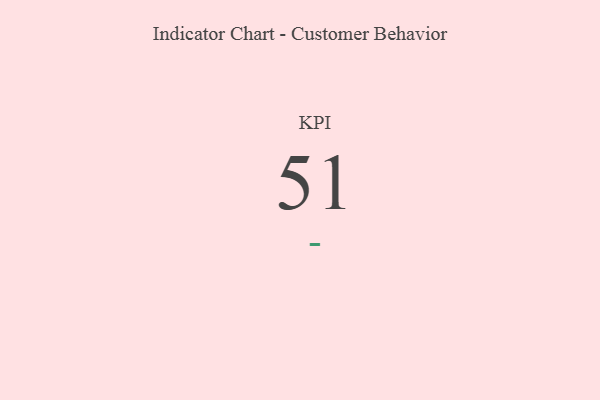
{"axis": {"x": "KPI", "y": "Value"}, "legend": [""], "data": [{"x": "KPI", "y": 51, "type": ""}]}